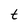
Character: t